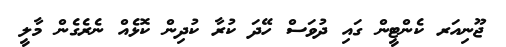
ޖޫނިއަރ ކެންޓީން ގައި ދުވަސް ހޭދަ ކުރާ ކުދިން ކޮޅެއް ނެރެގެން މާލީ